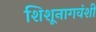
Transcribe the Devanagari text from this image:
शिशूनागवंशी